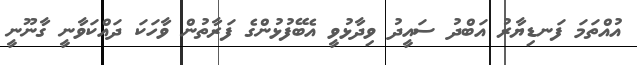
އުއްތަމަ ފަނޑިޔާރު އަބްދު ސައީދު ވިދާޅުވީ އެބޭފުޅުންގެ ފަރާތުން ވާހަކަ ދައްކަވާނީ ގާނޫނީ